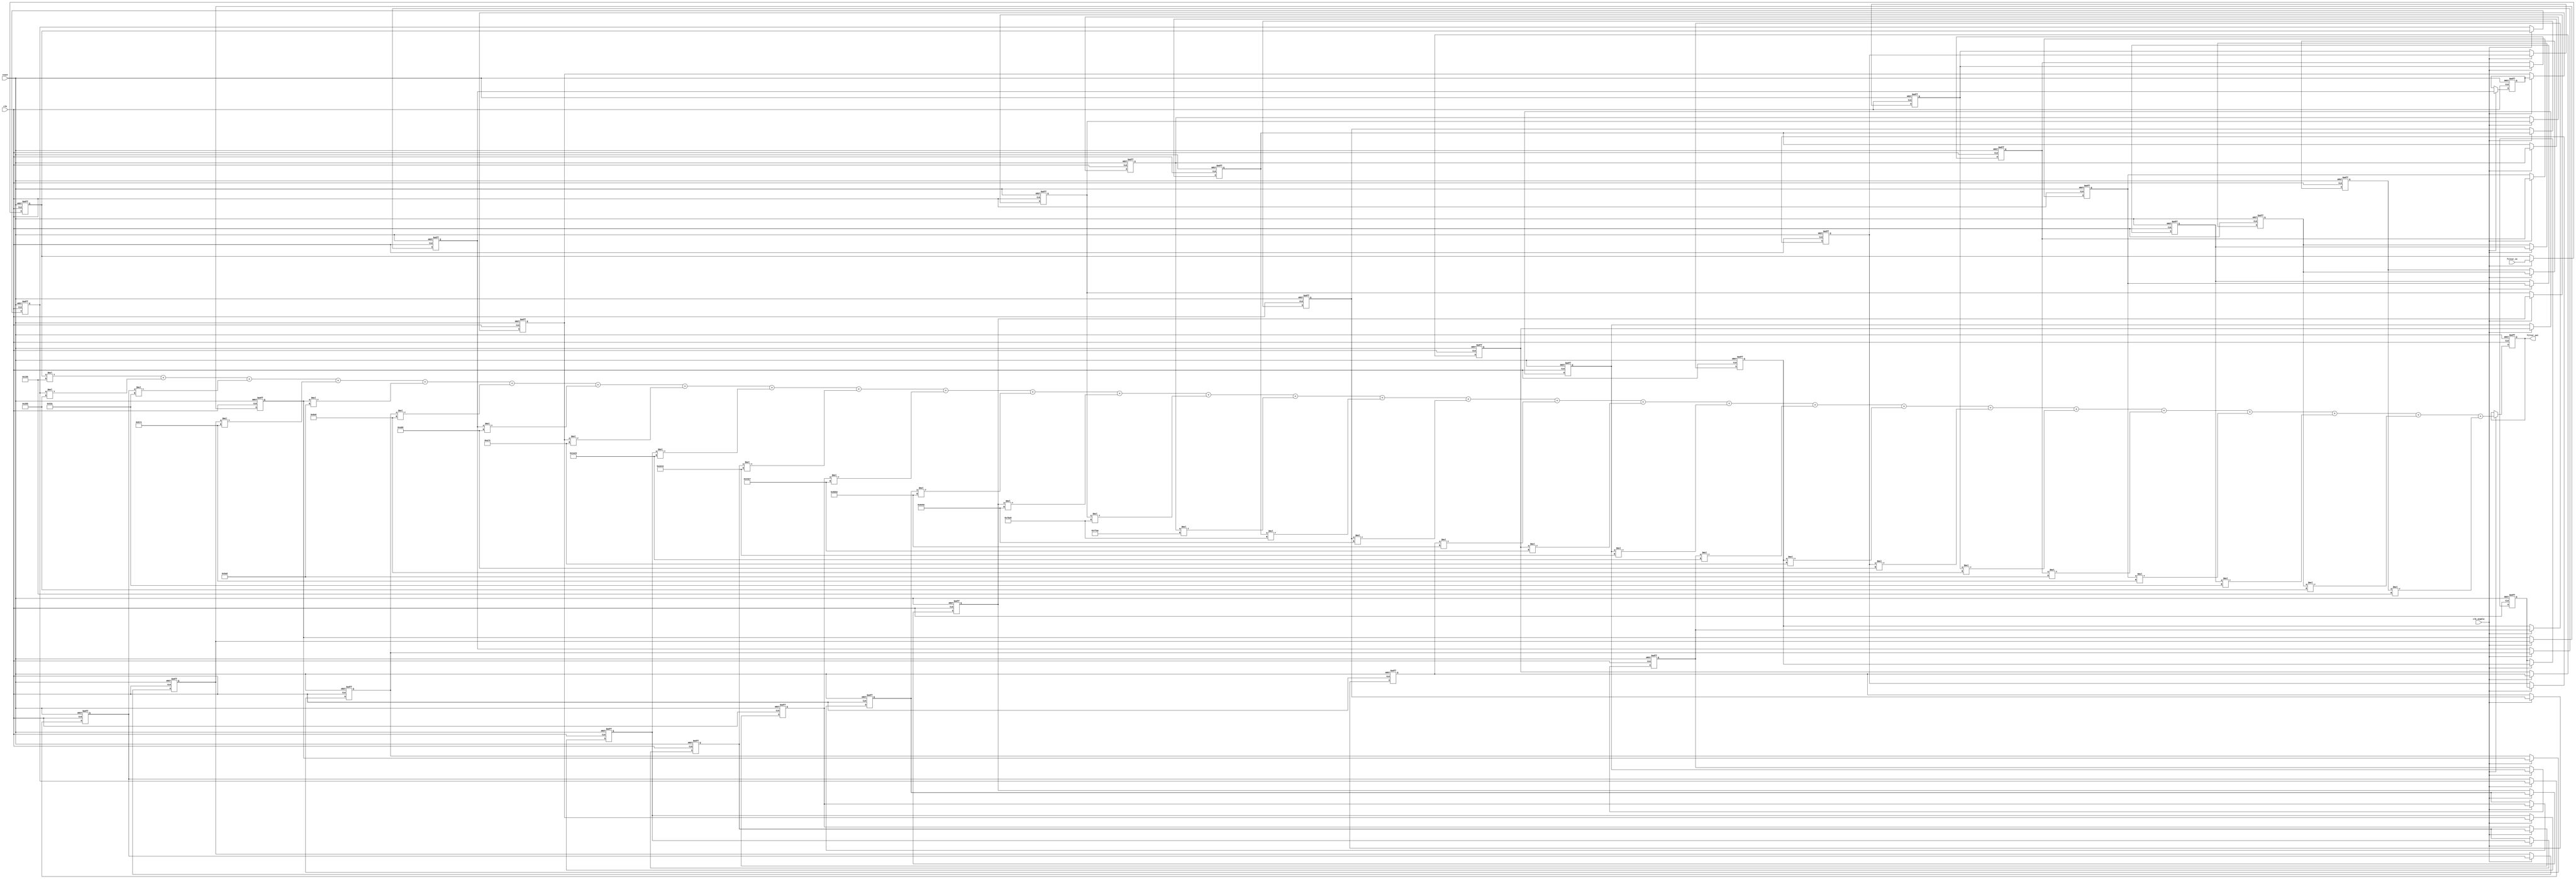
// -------------------------------------------------------------
//
// Module: filter
// Generated by MATLAB(R) 23.2 and Filter Design HDL Coder 23.2.
// Generated on: 2024-05-05 14:00:43
// -------------------------------------------------------------

// -------------------------------------------------------------
// HDL Code Generation Options:
//
// TargetDirectory: E:\FPGA_FILE\AM\FIR
// TargetLanguage: Verilog
// TestBenchStimulus: impulse step ramp chirp noise 
// LoopUnrolling: on

// -------------------------------------------------------------
// HDL Implementation    : Fully parallel
// Folding Factor        : 1
// -------------------------------------------------------------




`timescale 1 ns / 1 ns

module filter
               (
                clk,
                clk_enable,
                reset,
                filter_in,
                filter_out
                );

  input   clk; 
  input   clk_enable; 
  input   reset; 
  input   signed [15:0] filter_in; //sfix16_En15
  output  signed [34:0] filter_out; //sfix35_En33

////////////////////////////////////////////////////////////////
//Module Architecture: filter
////////////////////////////////////////////////////////////////
  // Local Functions
  // Type Definitions
  // Constants
  parameter signed [15:0] coeff1 = 16'b1111111101010110; //sfix16_En18
  parameter signed [15:0] coeff2 = 16'b1111111010000101; //sfix16_En18
  parameter signed [15:0] coeff3 = 16'b1111110100111100; //sfix16_En18
  parameter signed [15:0] coeff4 = 16'b1111101101110100; //sfix16_En18
  parameter signed [15:0] coeff5 = 16'b1111100110101001; //sfix16_En18
  parameter signed [15:0] coeff6 = 16'b1111100011100000; //sfix16_En18
  parameter signed [15:0] coeff7 = 16'b1111101010000000; //sfix16_En18
  parameter signed [15:0] coeff8 = 16'b0000000000000000; //sfix16_En18
  parameter signed [15:0] coeff9 = 16'b0000101001110100; //sfix16_En18
  parameter signed [15:0] coeff10 = 16'b0001101000100011; //sfix16_En18
  parameter signed [15:0] coeff11 = 16'b0010111001000001; //sfix16_En18
  parameter signed [15:0] coeff12 = 16'b0100010011100111; //sfix16_En18
  parameter signed [15:0] coeff13 = 16'b0101101101010010; //sfix16_En18
  parameter signed [15:0] coeff14 = 16'b0110111001011110; //sfix16_En18
  parameter signed [15:0] coeff15 = 16'b0111101100101000; //sfix16_En18
  parameter signed [15:0] coeff16 = 16'b0111111110101010; //sfix16_En18
  parameter signed [15:0] coeff17 = 16'b0111101100101000; //sfix16_En18
  parameter signed [15:0] coeff18 = 16'b0110111001011110; //sfix16_En18
  parameter signed [15:0] coeff19 = 16'b0101101101010010; //sfix16_En18
  parameter signed [15:0] coeff20 = 16'b0100010011100111; //sfix16_En18
  parameter signed [15:0] coeff21 = 16'b0010111001000001; //sfix16_En18
  parameter signed [15:0] coeff22 = 16'b0001101000100011; //sfix16_En18
  parameter signed [15:0] coeff23 = 16'b0000101001110100; //sfix16_En18
  parameter signed [15:0] coeff24 = 16'b0000000000000000; //sfix16_En18
  parameter signed [15:0] coeff25 = 16'b1111101010000000; //sfix16_En18
  parameter signed [15:0] coeff26 = 16'b1111100011100000; //sfix16_En18
  parameter signed [15:0] coeff27 = 16'b1111100110101001; //sfix16_En18
  parameter signed [15:0] coeff28 = 16'b1111101101110100; //sfix16_En18
  parameter signed [15:0] coeff29 = 16'b1111110100111100; //sfix16_En18
  parameter signed [15:0] coeff30 = 16'b1111111010000101; //sfix16_En18
  parameter signed [15:0] coeff31 = 16'b1111111101010110; //sfix16_En18

  // Signals
  reg  signed [15:0] delay_pipeline [0:30] ; // sfix16_En15
  wire signed [30:0] product31; // sfix31_En33
  wire signed [31:0] mul_temp; // sfix32_En33
  wire signed [30:0] product30; // sfix31_En33
  wire signed [31:0] mul_temp_1; // sfix32_En33
  wire signed [30:0] product29; // sfix31_En33
  wire signed [31:0] mul_temp_2; // sfix32_En33
  wire signed [30:0] product28; // sfix31_En33
  wire signed [31:0] mul_temp_3; // sfix32_En33
  wire signed [30:0] product27; // sfix31_En33
  wire signed [31:0] mul_temp_4; // sfix32_En33
  wire signed [30:0] product26; // sfix31_En33
  wire signed [31:0] mul_temp_5; // sfix32_En33
  wire signed [30:0] product25; // sfix31_En33
  wire signed [31:0] mul_temp_6; // sfix32_En33
  wire signed [30:0] product23; // sfix31_En33
  wire signed [31:0] mul_temp_7; // sfix32_En33
  wire signed [30:0] product22; // sfix31_En33
  wire signed [31:0] mul_temp_8; // sfix32_En33
  wire signed [30:0] product21; // sfix31_En33
  wire signed [31:0] mul_temp_9; // sfix32_En33
  wire signed [30:0] product20; // sfix31_En33
  wire signed [31:0] mul_temp_10; // sfix32_En33
  wire signed [30:0] product19; // sfix31_En33
  wire signed [31:0] mul_temp_11; // sfix32_En33
  wire signed [30:0] product18; // sfix31_En33
  wire signed [31:0] mul_temp_12; // sfix32_En33
  wire signed [30:0] product17; // sfix31_En33
  wire signed [31:0] mul_temp_13; // sfix32_En33
  wire signed [30:0] product16; // sfix31_En33
  wire signed [31:0] mul_temp_14; // sfix32_En33
  wire signed [30:0] product15; // sfix31_En33
  wire signed [31:0] mul_temp_15; // sfix32_En33
  wire signed [30:0] product14; // sfix31_En33
  wire signed [31:0] mul_temp_16; // sfix32_En33
  wire signed [30:0] product13; // sfix31_En33
  wire signed [31:0] mul_temp_17; // sfix32_En33
  wire signed [30:0] product12; // sfix31_En33
  wire signed [31:0] mul_temp_18; // sfix32_En33
  wire signed [30:0] product11; // sfix31_En33
  wire signed [31:0] mul_temp_19; // sfix32_En33
  wire signed [30:0] product10; // sfix31_En33
  wire signed [31:0] mul_temp_20; // sfix32_En33
  wire signed [30:0] product9; // sfix31_En33
  wire signed [31:0] mul_temp_21; // sfix32_En33
  wire signed [30:0] product7; // sfix31_En33
  wire signed [31:0] mul_temp_22; // sfix32_En33
  wire signed [30:0] product6; // sfix31_En33
  wire signed [31:0] mul_temp_23; // sfix32_En33
  wire signed [30:0] product5; // sfix31_En33
  wire signed [31:0] mul_temp_24; // sfix32_En33
  wire signed [30:0] product4; // sfix31_En33
  wire signed [31:0] mul_temp_25; // sfix32_En33
  wire signed [30:0] product3; // sfix31_En33
  wire signed [31:0] mul_temp_26; // sfix32_En33
  wire signed [30:0] product2; // sfix31_En33
  wire signed [31:0] mul_temp_27; // sfix32_En33
  wire signed [34:0] product1_cast; // sfix35_En33
  wire signed [30:0] product1; // sfix31_En33
  wire signed [31:0] mul_temp_28; // sfix32_En33
  wire signed [34:0] sum1; // sfix35_En33
  wire signed [34:0] add_signext; // sfix35_En33
  wire signed [34:0] add_signext_1; // sfix35_En33
  wire signed [35:0] add_temp; // sfix36_En33
  wire signed [34:0] sum2; // sfix35_En33
  wire signed [34:0] add_signext_2; // sfix35_En33
  wire signed [34:0] add_signext_3; // sfix35_En33
  wire signed [35:0] add_temp_1; // sfix36_En33
  wire signed [34:0] sum3; // sfix35_En33
  wire signed [34:0] add_signext_4; // sfix35_En33
  wire signed [34:0] add_signext_5; // sfix35_En33
  wire signed [35:0] add_temp_2; // sfix36_En33
  wire signed [34:0] sum4; // sfix35_En33
  wire signed [34:0] add_signext_6; // sfix35_En33
  wire signed [34:0] add_signext_7; // sfix35_En33
  wire signed [35:0] add_temp_3; // sfix36_En33
  wire signed [34:0] sum5; // sfix35_En33
  wire signed [34:0] add_signext_8; // sfix35_En33
  wire signed [34:0] add_signext_9; // sfix35_En33
  wire signed [35:0] add_temp_4; // sfix36_En33
  wire signed [34:0] sum6; // sfix35_En33
  wire signed [34:0] add_signext_10; // sfix35_En33
  wire signed [34:0] add_signext_11; // sfix35_En33
  wire signed [35:0] add_temp_5; // sfix36_En33
  wire signed [34:0] sum7; // sfix35_En33
  wire signed [34:0] add_signext_12; // sfix35_En33
  wire signed [34:0] add_signext_13; // sfix35_En33
  wire signed [35:0] add_temp_6; // sfix36_En33
  wire signed [34:0] sum8; // sfix35_En33
  wire signed [34:0] add_signext_14; // sfix35_En33
  wire signed [34:0] add_signext_15; // sfix35_En33
  wire signed [35:0] add_temp_7; // sfix36_En33
  wire signed [34:0] sum9; // sfix35_En33
  wire signed [34:0] add_signext_16; // sfix35_En33
  wire signed [34:0] add_signext_17; // sfix35_En33
  wire signed [35:0] add_temp_8; // sfix36_En33
  wire signed [34:0] sum10; // sfix35_En33
  wire signed [34:0] add_signext_18; // sfix35_En33
  wire signed [34:0] add_signext_19; // sfix35_En33
  wire signed [35:0] add_temp_9; // sfix36_En33
  wire signed [34:0] sum11; // sfix35_En33
  wire signed [34:0] add_signext_20; // sfix35_En33
  wire signed [34:0] add_signext_21; // sfix35_En33
  wire signed [35:0] add_temp_10; // sfix36_En33
  wire signed [34:0] sum12; // sfix35_En33
  wire signed [34:0] add_signext_22; // sfix35_En33
  wire signed [34:0] add_signext_23; // sfix35_En33
  wire signed [35:0] add_temp_11; // sfix36_En33
  wire signed [34:0] sum13; // sfix35_En33
  wire signed [34:0] add_signext_24; // sfix35_En33
  wire signed [34:0] add_signext_25; // sfix35_En33
  wire signed [35:0] add_temp_12; // sfix36_En33
  wire signed [34:0] sum14; // sfix35_En33
  wire signed [34:0] add_signext_26; // sfix35_En33
  wire signed [34:0] add_signext_27; // sfix35_En33
  wire signed [35:0] add_temp_13; // sfix36_En33
  wire signed [34:0] sum15; // sfix35_En33
  wire signed [34:0] add_signext_28; // sfix35_En33
  wire signed [34:0] add_signext_29; // sfix35_En33
  wire signed [35:0] add_temp_14; // sfix36_En33
  wire signed [34:0] sum16; // sfix35_En33
  wire signed [34:0] add_signext_30; // sfix35_En33
  wire signed [34:0] add_signext_31; // sfix35_En33
  wire signed [35:0] add_temp_15; // sfix36_En33
  wire signed [34:0] sum17; // sfix35_En33
  wire signed [34:0] add_signext_32; // sfix35_En33
  wire signed [34:0] add_signext_33; // sfix35_En33
  wire signed [35:0] add_temp_16; // sfix36_En33
  wire signed [34:0] sum18; // sfix35_En33
  wire signed [34:0] add_signext_34; // sfix35_En33
  wire signed [34:0] add_signext_35; // sfix35_En33
  wire signed [35:0] add_temp_17; // sfix36_En33
  wire signed [34:0] sum19; // sfix35_En33
  wire signed [34:0] add_signext_36; // sfix35_En33
  wire signed [34:0] add_signext_37; // sfix35_En33
  wire signed [35:0] add_temp_18; // sfix36_En33
  wire signed [34:0] sum20; // sfix35_En33
  wire signed [34:0] add_signext_38; // sfix35_En33
  wire signed [34:0] add_signext_39; // sfix35_En33
  wire signed [35:0] add_temp_19; // sfix36_En33
  wire signed [34:0] sum21; // sfix35_En33
  wire signed [34:0] add_signext_40; // sfix35_En33
  wire signed [34:0] add_signext_41; // sfix35_En33
  wire signed [35:0] add_temp_20; // sfix36_En33
  wire signed [34:0] sum22; // sfix35_En33
  wire signed [34:0] add_signext_42; // sfix35_En33
  wire signed [34:0] add_signext_43; // sfix35_En33
  wire signed [35:0] add_temp_21; // sfix36_En33
  wire signed [34:0] sum23; // sfix35_En33
  wire signed [34:0] add_signext_44; // sfix35_En33
  wire signed [34:0] add_signext_45; // sfix35_En33
  wire signed [35:0] add_temp_22; // sfix36_En33
  wire signed [34:0] sum24; // sfix35_En33
  wire signed [34:0] add_signext_46; // sfix35_En33
  wire signed [34:0] add_signext_47; // sfix35_En33
  wire signed [35:0] add_temp_23; // sfix36_En33
  wire signed [34:0] sum25; // sfix35_En33
  wire signed [34:0] add_signext_48; // sfix35_En33
  wire signed [34:0] add_signext_49; // sfix35_En33
  wire signed [35:0] add_temp_24; // sfix36_En33
  wire signed [34:0] sum26; // sfix35_En33
  wire signed [34:0] add_signext_50; // sfix35_En33
  wire signed [34:0] add_signext_51; // sfix35_En33
  wire signed [35:0] add_temp_25; // sfix36_En33
  wire signed [34:0] sum27; // sfix35_En33
  wire signed [34:0] add_signext_52; // sfix35_En33
  wire signed [34:0] add_signext_53; // sfix35_En33
  wire signed [35:0] add_temp_26; // sfix36_En33
  wire signed [34:0] sum28; // sfix35_En33
  wire signed [34:0] add_signext_54; // sfix35_En33
  wire signed [34:0] add_signext_55; // sfix35_En33
  wire signed [35:0] add_temp_27; // sfix36_En33
  reg  signed [34:0] output_register; // sfix35_En33

  // Block Statements
  always @( posedge clk or posedge reset)
    begin: Delay_Pipeline_process
      if (reset == 1'b1) begin
        delay_pipeline[0] <= 0;
        delay_pipeline[1] <= 0;
        delay_pipeline[2] <= 0;
        delay_pipeline[3] <= 0;
        delay_pipeline[4] <= 0;
        delay_pipeline[5] <= 0;
        delay_pipeline[6] <= 0;
        delay_pipeline[7] <= 0;
        delay_pipeline[8] <= 0;
        delay_pipeline[9] <= 0;
        delay_pipeline[10] <= 0;
        delay_pipeline[11] <= 0;
        delay_pipeline[12] <= 0;
        delay_pipeline[13] <= 0;
        delay_pipeline[14] <= 0;
        delay_pipeline[15] <= 0;
        delay_pipeline[16] <= 0;
        delay_pipeline[17] <= 0;
        delay_pipeline[18] <= 0;
        delay_pipeline[19] <= 0;
        delay_pipeline[20] <= 0;
        delay_pipeline[21] <= 0;
        delay_pipeline[22] <= 0;
        delay_pipeline[23] <= 0;
        delay_pipeline[24] <= 0;
        delay_pipeline[25] <= 0;
        delay_pipeline[26] <= 0;
        delay_pipeline[27] <= 0;
        delay_pipeline[28] <= 0;
        delay_pipeline[29] <= 0;
        delay_pipeline[30] <= 0;
      end
      else begin
        if (clk_enable == 1'b1) begin
          delay_pipeline[0] <= filter_in;
          delay_pipeline[1] <= delay_pipeline[0];
          delay_pipeline[2] <= delay_pipeline[1];
          delay_pipeline[3] <= delay_pipeline[2];
          delay_pipeline[4] <= delay_pipeline[3];
          delay_pipeline[5] <= delay_pipeline[4];
          delay_pipeline[6] <= delay_pipeline[5];
          delay_pipeline[7] <= delay_pipeline[6];
          delay_pipeline[8] <= delay_pipeline[7];
          delay_pipeline[9] <= delay_pipeline[8];
          delay_pipeline[10] <= delay_pipeline[9];
          delay_pipeline[11] <= delay_pipeline[10];
          delay_pipeline[12] <= delay_pipeline[11];
          delay_pipeline[13] <= delay_pipeline[12];
          delay_pipeline[14] <= delay_pipeline[13];
          delay_pipeline[15] <= delay_pipeline[14];
          delay_pipeline[16] <= delay_pipeline[15];
          delay_pipeline[17] <= delay_pipeline[16];
          delay_pipeline[18] <= delay_pipeline[17];
          delay_pipeline[19] <= delay_pipeline[18];
          delay_pipeline[20] <= delay_pipeline[19];
          delay_pipeline[21] <= delay_pipeline[20];
          delay_pipeline[22] <= delay_pipeline[21];
          delay_pipeline[23] <= delay_pipeline[22];
          delay_pipeline[24] <= delay_pipeline[23];
          delay_pipeline[25] <= delay_pipeline[24];
          delay_pipeline[26] <= delay_pipeline[25];
          delay_pipeline[27] <= delay_pipeline[26];
          delay_pipeline[28] <= delay_pipeline[27];
          delay_pipeline[29] <= delay_pipeline[28];
          delay_pipeline[30] <= delay_pipeline[29];
        end
      end
    end // Delay_Pipeline_process


  assign mul_temp = delay_pipeline[30] * coeff31;
  assign product31 = mul_temp[30:0];

  assign mul_temp_1 = delay_pipeline[29] * coeff30;
  assign product30 = mul_temp_1[30:0];

  assign mul_temp_2 = delay_pipeline[28] * coeff29;
  assign product29 = mul_temp_2[30:0];

  assign mul_temp_3 = delay_pipeline[27] * coeff28;
  assign product28 = mul_temp_3[30:0];

  assign mul_temp_4 = delay_pipeline[26] * coeff27;
  assign product27 = mul_temp_4[30:0];

  assign mul_temp_5 = delay_pipeline[25] * coeff26;
  assign product26 = mul_temp_5[30:0];

  assign mul_temp_6 = delay_pipeline[24] * coeff25;
  assign product25 = mul_temp_6[30:0];

  assign mul_temp_7 = delay_pipeline[22] * coeff23;
  assign product23 = mul_temp_7[30:0];

  assign mul_temp_8 = delay_pipeline[21] * coeff22;
  assign product22 = mul_temp_8[30:0];

  assign mul_temp_9 = delay_pipeline[20] * coeff21;
  assign product21 = mul_temp_9[30:0];

  assign mul_temp_10 = delay_pipeline[19] * coeff20;
  assign product20 = mul_temp_10[30:0];

  assign mul_temp_11 = delay_pipeline[18] * coeff19;
  assign product19 = mul_temp_11[30:0];

  assign mul_temp_12 = delay_pipeline[17] * coeff18;
  assign product18 = mul_temp_12[30:0];

  assign mul_temp_13 = delay_pipeline[16] * coeff17;
  assign product17 = mul_temp_13[30:0];

  assign mul_temp_14 = delay_pipeline[15] * coeff16;
  assign product16 = mul_temp_14[30:0];

  assign mul_temp_15 = delay_pipeline[14] * coeff15;
  assign product15 = mul_temp_15[30:0];

  assign mul_temp_16 = delay_pipeline[13] * coeff14;
  assign product14 = mul_temp_16[30:0];

  assign mul_temp_17 = delay_pipeline[12] * coeff13;
  assign product13 = mul_temp_17[30:0];

  assign mul_temp_18 = delay_pipeline[11] * coeff12;
  assign product12 = mul_temp_18[30:0];

  assign mul_temp_19 = delay_pipeline[10] * coeff11;
  assign product11 = mul_temp_19[30:0];

  assign mul_temp_20 = delay_pipeline[9] * coeff10;
  assign product10 = mul_temp_20[30:0];

  assign mul_temp_21 = delay_pipeline[8] * coeff9;
  assign product9 = mul_temp_21[30:0];

  assign mul_temp_22 = delay_pipeline[6] * coeff7;
  assign product7 = mul_temp_22[30:0];

  assign mul_temp_23 = delay_pipeline[5] * coeff6;
  assign product6 = mul_temp_23[30:0];

  assign mul_temp_24 = delay_pipeline[4] * coeff5;
  assign product5 = mul_temp_24[30:0];

  assign mul_temp_25 = delay_pipeline[3] * coeff4;
  assign product4 = mul_temp_25[30:0];

  assign mul_temp_26 = delay_pipeline[2] * coeff3;
  assign product3 = mul_temp_26[30:0];

  assign mul_temp_27 = delay_pipeline[1] * coeff2;
  assign product2 = mul_temp_27[30:0];

  assign product1_cast = $signed({{4{product1[30]}}, product1});

  assign mul_temp_28 = delay_pipeline[0] * coeff1;
  assign product1 = mul_temp_28[30:0];

  assign add_signext = product1_cast;
  assign add_signext_1 = $signed({{4{product2[30]}}, product2});
  assign add_temp = add_signext + add_signext_1;
  assign sum1 = add_temp[34:0];

  assign add_signext_2 = sum1;
  assign add_signext_3 = $signed({{4{product3[30]}}, product3});
  assign add_temp_1 = add_signext_2 + add_signext_3;
  assign sum2 = add_temp_1[34:0];

  assign add_signext_4 = sum2;
  assign add_signext_5 = $signed({{4{product4[30]}}, product4});
  assign add_temp_2 = add_signext_4 + add_signext_5;
  assign sum3 = add_temp_2[34:0];

  assign add_signext_6 = sum3;
  assign add_signext_7 = $signed({{4{product5[30]}}, product5});
  assign add_temp_3 = add_signext_6 + add_signext_7;
  assign sum4 = add_temp_3[34:0];

  assign add_signext_8 = sum4;
  assign add_signext_9 = $signed({{4{product6[30]}}, product6});
  assign add_temp_4 = add_signext_8 + add_signext_9;
  assign sum5 = add_temp_4[34:0];

  assign add_signext_10 = sum5;
  assign add_signext_11 = $signed({{4{product7[30]}}, product7});
  assign add_temp_5 = add_signext_10 + add_signext_11;
  assign sum6 = add_temp_5[34:0];

  assign add_signext_12 = sum6;
  assign add_signext_13 = $signed({{4{product9[30]}}, product9});
  assign add_temp_6 = add_signext_12 + add_signext_13;
  assign sum7 = add_temp_6[34:0];

  assign add_signext_14 = sum7;
  assign add_signext_15 = $signed({{4{product10[30]}}, product10});
  assign add_temp_7 = add_signext_14 + add_signext_15;
  assign sum8 = add_temp_7[34:0];

  assign add_signext_16 = sum8;
  assign add_signext_17 = $signed({{4{product11[30]}}, product11});
  assign add_temp_8 = add_signext_16 + add_signext_17;
  assign sum9 = add_temp_8[34:0];

  assign add_signext_18 = sum9;
  assign add_signext_19 = $signed({{4{product12[30]}}, product12});
  assign add_temp_9 = add_signext_18 + add_signext_19;
  assign sum10 = add_temp_9[34:0];

  assign add_signext_20 = sum10;
  assign add_signext_21 = $signed({{4{product13[30]}}, product13});
  assign add_temp_10 = add_signext_20 + add_signext_21;
  assign sum11 = add_temp_10[34:0];

  assign add_signext_22 = sum11;
  assign add_signext_23 = $signed({{4{product14[30]}}, product14});
  assign add_temp_11 = add_signext_22 + add_signext_23;
  assign sum12 = add_temp_11[34:0];

  assign add_signext_24 = sum12;
  assign add_signext_25 = $signed({{4{product15[30]}}, product15});
  assign add_temp_12 = add_signext_24 + add_signext_25;
  assign sum13 = add_temp_12[34:0];

  assign add_signext_26 = sum13;
  assign add_signext_27 = $signed({{4{product16[30]}}, product16});
  assign add_temp_13 = add_signext_26 + add_signext_27;
  assign sum14 = add_temp_13[34:0];

  assign add_signext_28 = sum14;
  assign add_signext_29 = $signed({{4{product17[30]}}, product17});
  assign add_temp_14 = add_signext_28 + add_signext_29;
  assign sum15 = add_temp_14[34:0];

  assign add_signext_30 = sum15;
  assign add_signext_31 = $signed({{4{product18[30]}}, product18});
  assign add_temp_15 = add_signext_30 + add_signext_31;
  assign sum16 = add_temp_15[34:0];

  assign add_signext_32 = sum16;
  assign add_signext_33 = $signed({{4{product19[30]}}, product19});
  assign add_temp_16 = add_signext_32 + add_signext_33;
  assign sum17 = add_temp_16[34:0];

  assign add_signext_34 = sum17;
  assign add_signext_35 = $signed({{4{product20[30]}}, product20});
  assign add_temp_17 = add_signext_34 + add_signext_35;
  assign sum18 = add_temp_17[34:0];

  assign add_signext_36 = sum18;
  assign add_signext_37 = $signed({{4{product21[30]}}, product21});
  assign add_temp_18 = add_signext_36 + add_signext_37;
  assign sum19 = add_temp_18[34:0];

  assign add_signext_38 = sum19;
  assign add_signext_39 = $signed({{4{product22[30]}}, product22});
  assign add_temp_19 = add_signext_38 + add_signext_39;
  assign sum20 = add_temp_19[34:0];

  assign add_signext_40 = sum20;
  assign add_signext_41 = $signed({{4{product23[30]}}, product23});
  assign add_temp_20 = add_signext_40 + add_signext_41;
  assign sum21 = add_temp_20[34:0];

  assign add_signext_42 = sum21;
  assign add_signext_43 = $signed({{4{product25[30]}}, product25});
  assign add_temp_21 = add_signext_42 + add_signext_43;
  assign sum22 = add_temp_21[34:0];

  assign add_signext_44 = sum22;
  assign add_signext_45 = $signed({{4{product26[30]}}, product26});
  assign add_temp_22 = add_signext_44 + add_signext_45;
  assign sum23 = add_temp_22[34:0];

  assign add_signext_46 = sum23;
  assign add_signext_47 = $signed({{4{product27[30]}}, product27});
  assign add_temp_23 = add_signext_46 + add_signext_47;
  assign sum24 = add_temp_23[34:0];

  assign add_signext_48 = sum24;
  assign add_signext_49 = $signed({{4{product28[30]}}, product28});
  assign add_temp_24 = add_signext_48 + add_signext_49;
  assign sum25 = add_temp_24[34:0];

  assign add_signext_50 = sum25;
  assign add_signext_51 = $signed({{4{product29[30]}}, product29});
  assign add_temp_25 = add_signext_50 + add_signext_51;
  assign sum26 = add_temp_25[34:0];

  assign add_signext_52 = sum26;
  assign add_signext_53 = $signed({{4{product30[30]}}, product30});
  assign add_temp_26 = add_signext_52 + add_signext_53;
  assign sum27 = add_temp_26[34:0];

  assign add_signext_54 = sum27;
  assign add_signext_55 = $signed({{4{product31[30]}}, product31});
  assign add_temp_27 = add_signext_54 + add_signext_55;
  assign sum28 = add_temp_27[34:0];

  always @ (posedge clk or posedge reset)
    begin: Output_Register_process
      if (reset == 1'b1) begin
        output_register <= 0;
      end
      else begin
        if (clk_enable == 1'b1) begin
          output_register <= sum28;
        end
      end
    end // Output_Register_process

  // Assignment Statements
  assign filter_out = output_register;
endmodule  // filter